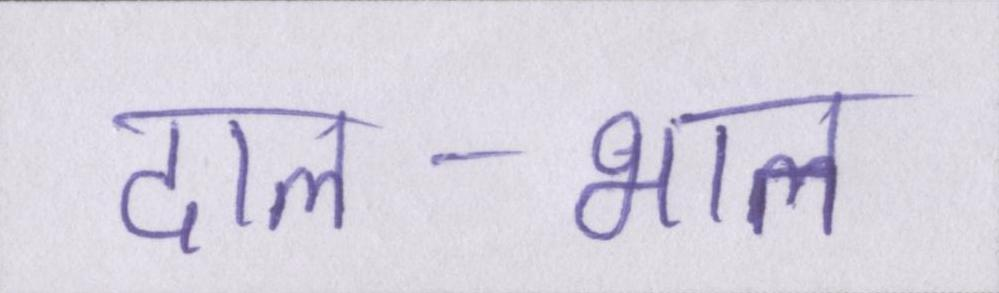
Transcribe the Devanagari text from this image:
दाल-भात